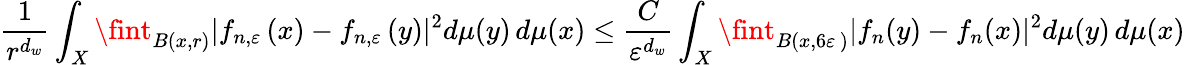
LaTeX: \frac{1}{r^{d_{w}}}\int_{X}\fint_{B(x,r)}|f_{n,{\varepsilon}\, }(x)-f_{n,{\varepsilon}\, }(y)|^{2}d\mu(y)\, d\mu(x)\le\frac{C}{\varepsilon^{d_{w}}}\int_{X}\fint_{B(x,6{\varepsilon}\, )}|f_{n}(y)-f_{n}(x)|^{2}d\mu(y)\, d\mu(x)